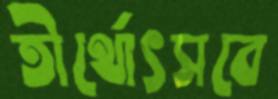
তীর্থোৎসবে